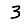
Digit: 3